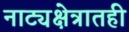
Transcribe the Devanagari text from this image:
नाट्यक्षेत्रातही